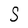
Character: S